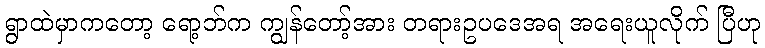
ရွာထဲမှာကတော့ ရော့ဘ်က ကျွန်တော့်အား တရားဥပဒေအရ အရေးယူလိုက် ပြီဟု